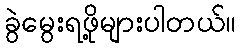
ခွဲမွေးရဖို့များပါတယ်။